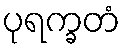
ပုရက္ခတံ